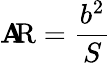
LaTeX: \mathbf{A}\! \! {\mathrm{{R}}}={\frac{{b^{2}}}{{S}}}